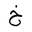
Letter: _kha